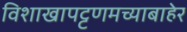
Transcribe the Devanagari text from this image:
विशाखापट्टणमच्याबाहेर